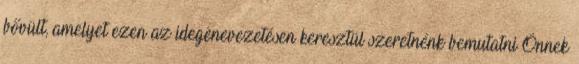
bővült, amelyet ezen az idegenevezetésen keresztül szeretnénk bemutatni Önnek